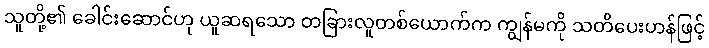
သူတို့၏ ခေါင်းဆောင်ဟု ယူဆရသော တခြားလူတစ်ယောက်က ကျွန်မကို သတိပေးဟန်ဖြင့်